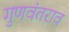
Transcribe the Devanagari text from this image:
गुणवंतराव